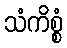
သံကိစ္စံ